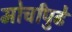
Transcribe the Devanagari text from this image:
मोर्चांपुढे